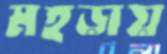
মহড়ায়